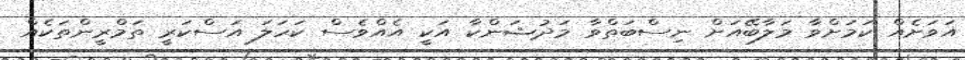
އަވަށެއް ކަމަށްވާ މަލާބޭއަށް ނިސްބަތްވާ މަދުޝަންކާ އަކީ އެއްވެސް ކަހަލަ އަސްކަރީ ތަމްރީންތަކެއް